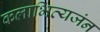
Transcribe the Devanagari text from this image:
कलाभिव्यजंन